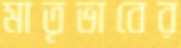
মাতৃভাবের